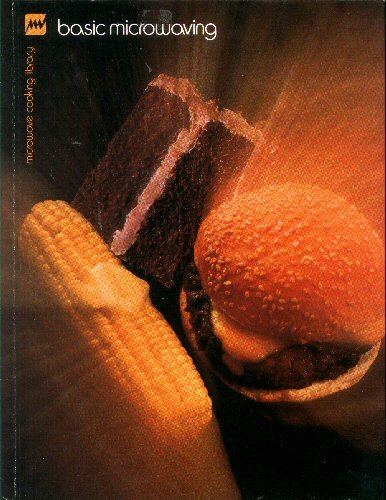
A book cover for Basic Microwaving (Microwave Cooking Library); Barbara Methven; Cookbooks, Food & Wine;